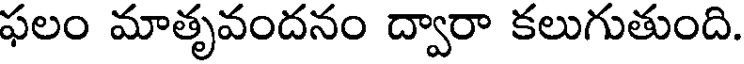
ఫలం మాతృవందనం ద్వారా కలుగుతుంది.